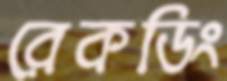
রেকডিং